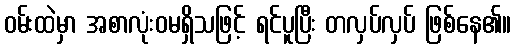
ဝမ်းထဲမှာ အစာလုံးဝမရှိသဖြင့် ရင်ပူပြီး တလှပ်လှပ် ဖြစ်နေ၏။